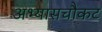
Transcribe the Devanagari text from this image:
अभ्यासचौकट